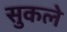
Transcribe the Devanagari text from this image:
सुकले